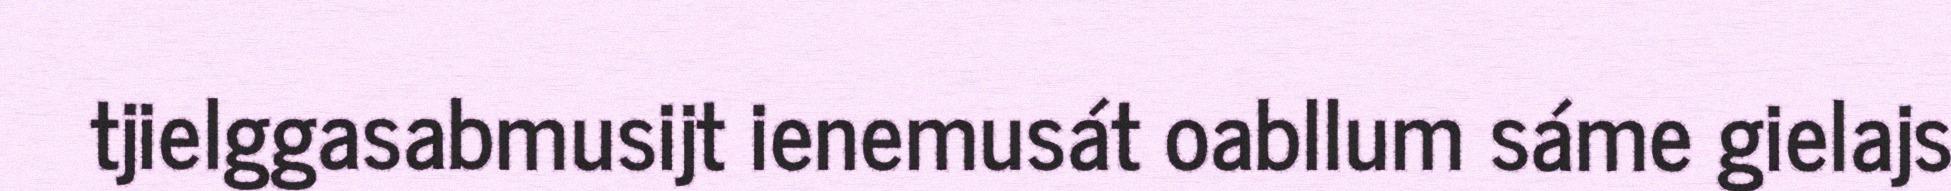
tjielggasabmusijt ienemusát oabllum sáme gielajs